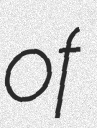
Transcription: of